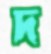
দ